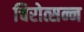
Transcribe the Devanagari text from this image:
चिरोत्सन्न